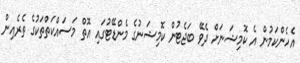
އެހެންކަމުން އެ ކޮމިޝަނަށް ދެވޭ ބަޖެޓުން ކޮމިޝަނުގެ މެންޑޭޓުގައި އޮތް މަސައްކަތްތަކުގެ ތެރެއިން